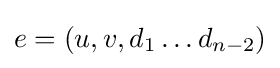
e=(u,v,d_{1}\dots d_{n-2})